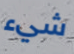
شيء